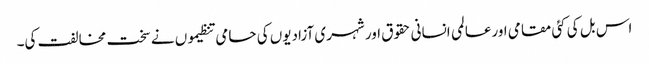
اس بل کی کئی مقامی اورعالمی انسانی حقوق اور شہری آزادیوں کی حامی تنظیموں نے سخت مخالفت کی۔